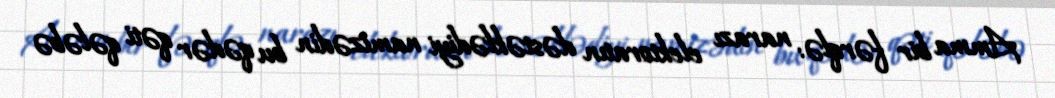
Amma bir fərqlə: narazı elektoratın dəstəklədiyi namizədin bu qədər qəti qələbə